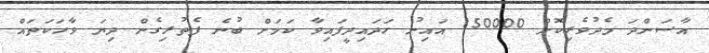
އާސަންދަ މެދުވެރިކޮށް 150000 އައިނު ހަދައިދީފައިވާ ކަމަށް ބުނެ ފެތުރިގެން ދިޔަ ވާހަކަތައް